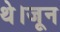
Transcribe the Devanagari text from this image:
थे।जून